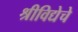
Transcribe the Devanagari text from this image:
श्रीविद्येचे